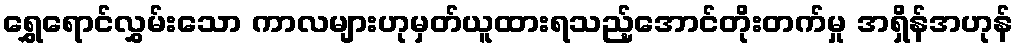
ရွှေရောင်လွှမ်းသော ကာလများဟုမှတ်ယူထားရသည့်အောင်တိုးတက်မှု အရှိန်အဟုန်